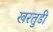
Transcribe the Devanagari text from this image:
खरतुडी